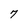
Character: 7